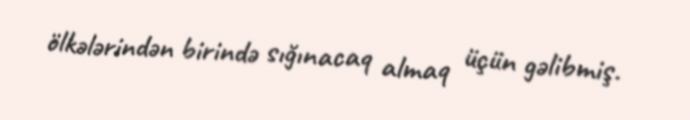
ölkələrindən birində sığınacaq almaq üçün gəlibmiş.